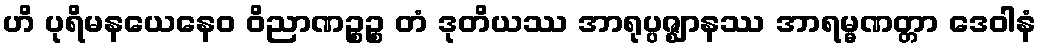
ဟိ ပုရိမနယေနေဝ ဝိညာဏဉ္စဉ္စ တံ ဒုတိယဿ အာရုပ္ပဇ္ဈာနဿ အာရမ္မဏတ္တာ ဒေဝါနံ